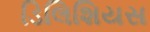
ડિલિશિયસ